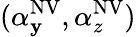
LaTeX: (\alpha_{\mathbf{y}}^{\mathrm{{NV}}},\alpha_{z}^{\mathrm{{NV}}})